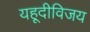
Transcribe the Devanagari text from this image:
यहूदीविजय